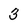
Character: 3